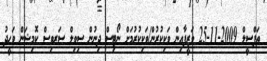
ތަފްސީލް 2009-11-25 ވަޒީފާއިން ވަކިކުރުން/ވަކިކުރުމަށް ނޯޓިސް ދިނުން ސިވިލް ސަރވިސް ކޮމިޝަން ވަޙީދު